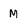
Character: M